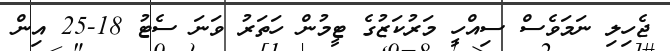
ޖެހިލި ނަމަވެސް ސިއްހީ މަރުކަޒުގެ ޓީމުން ހަތަރު ވަނަ ސެޓު 18-25 އިން